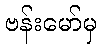
ဗန်းမော်မှ